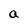
Character: a